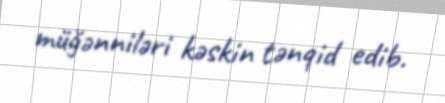
müğənniləri kəskin tənqid edib.